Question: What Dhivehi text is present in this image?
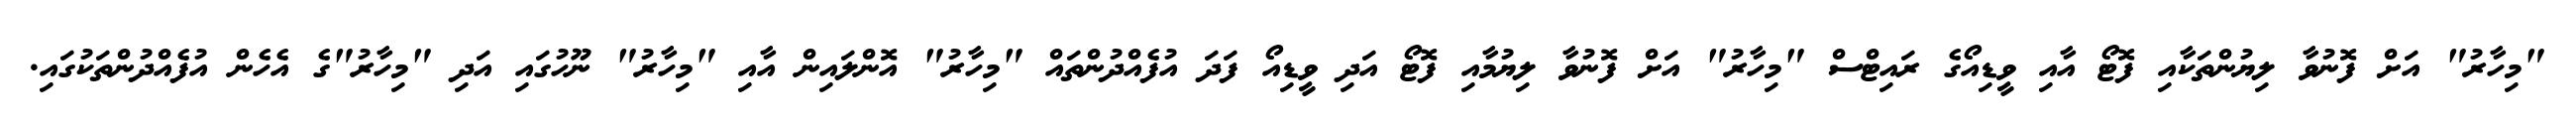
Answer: "މިހާރު" އަށް ފޮނުވާ ލިޔުންތަކާއި ފޮޓޯ އާއި ވީޑިއޯގެ ރައިޓްސް "މިހާރު" އަށް ފޮނުވާ ލިޔުމާއި ފޮޓޯ އަދި ވީޑިއޯ ފަދަ އުފެއްދުންތައް "މިހާރު" އޮންލައިން އާއި "މިހާރު" ނޫހުގައި އަދި "މިހާރު"ގެ އެހެން އުފެއްދުންތަކުގައި.